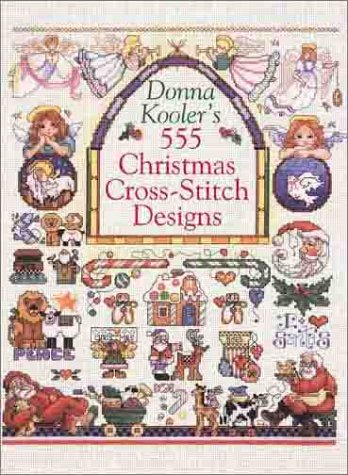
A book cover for Donna Kooler's 555 Christmas Cross-Stitch Designs; Donna Kooler; Crafts, Hobbies & Home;